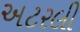
અટરલી